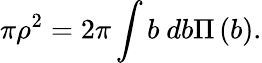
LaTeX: \pi\rho^{2}=2\pi\int b~db\Pi\left(b\right).